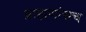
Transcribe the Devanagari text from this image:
ब्राह्मणांसच